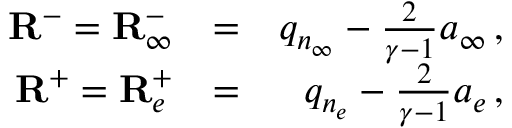
\begin{array} { r l r } { { \mathbf { R } ^ { - } = { \mathbf { R } } _ { \infty } ^ { - } } } & { { = } } & { { q _ { n _ { \infty } } - \frac { 2 } { \gamma - 1 } a _ { \infty } \, \mathrm { , } } } \\ { { \mathbf { R } ^ { + } = { \mathbf { R } } _ { e } ^ { + } } } & { { = } } & { { q _ { n _ { e } } - \frac { 2 } { \gamma - 1 } a _ { e } \, \mathrm { , } } } \end{array}